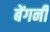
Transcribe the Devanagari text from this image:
बेंगनी